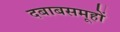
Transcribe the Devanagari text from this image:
दबाबसमूहों